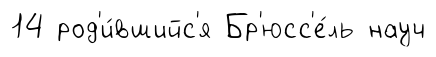
14 род'и́вшийс'я Бр'юсс'е́ль науч